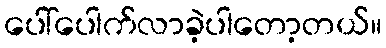
ပေါ်ပေါက်လာခဲ့ပါတော့တယ်။